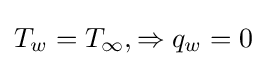
T_{w}=T_{\infty },\Rightarrow q_{w}=0